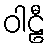
ဝါဠီ